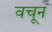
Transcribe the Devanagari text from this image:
वचून